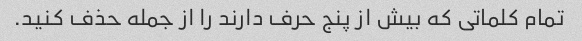
تمام کلماتی که بیش از پنج حرف دارند را از جمله حذف کنید.